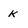
Character: k